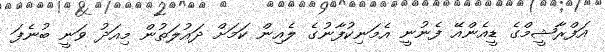
އަފްރާޝީމްގެ ޑީއެންއޭ ފެނުނީ އެމަނިކުފާނުގެ ލެއިން ކަމަށް ދައުލަތުން މިއަދު ވަނީ ބުނެފަ